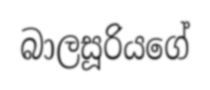
බාලසූරියගේ